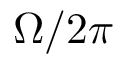
\Omega / 2 \pi